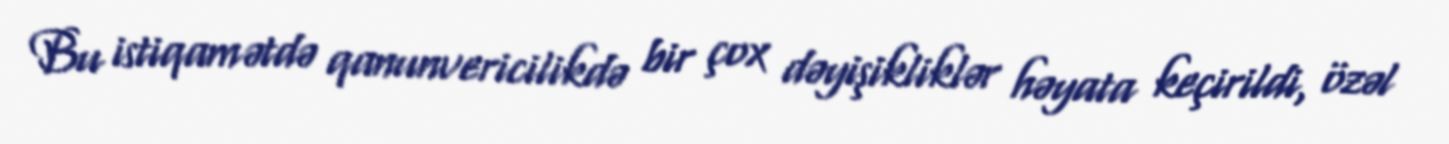
Bu istiqamətdə qanunvericilikdə bir çox dəyişikliklər həyata keçirildi, özəl